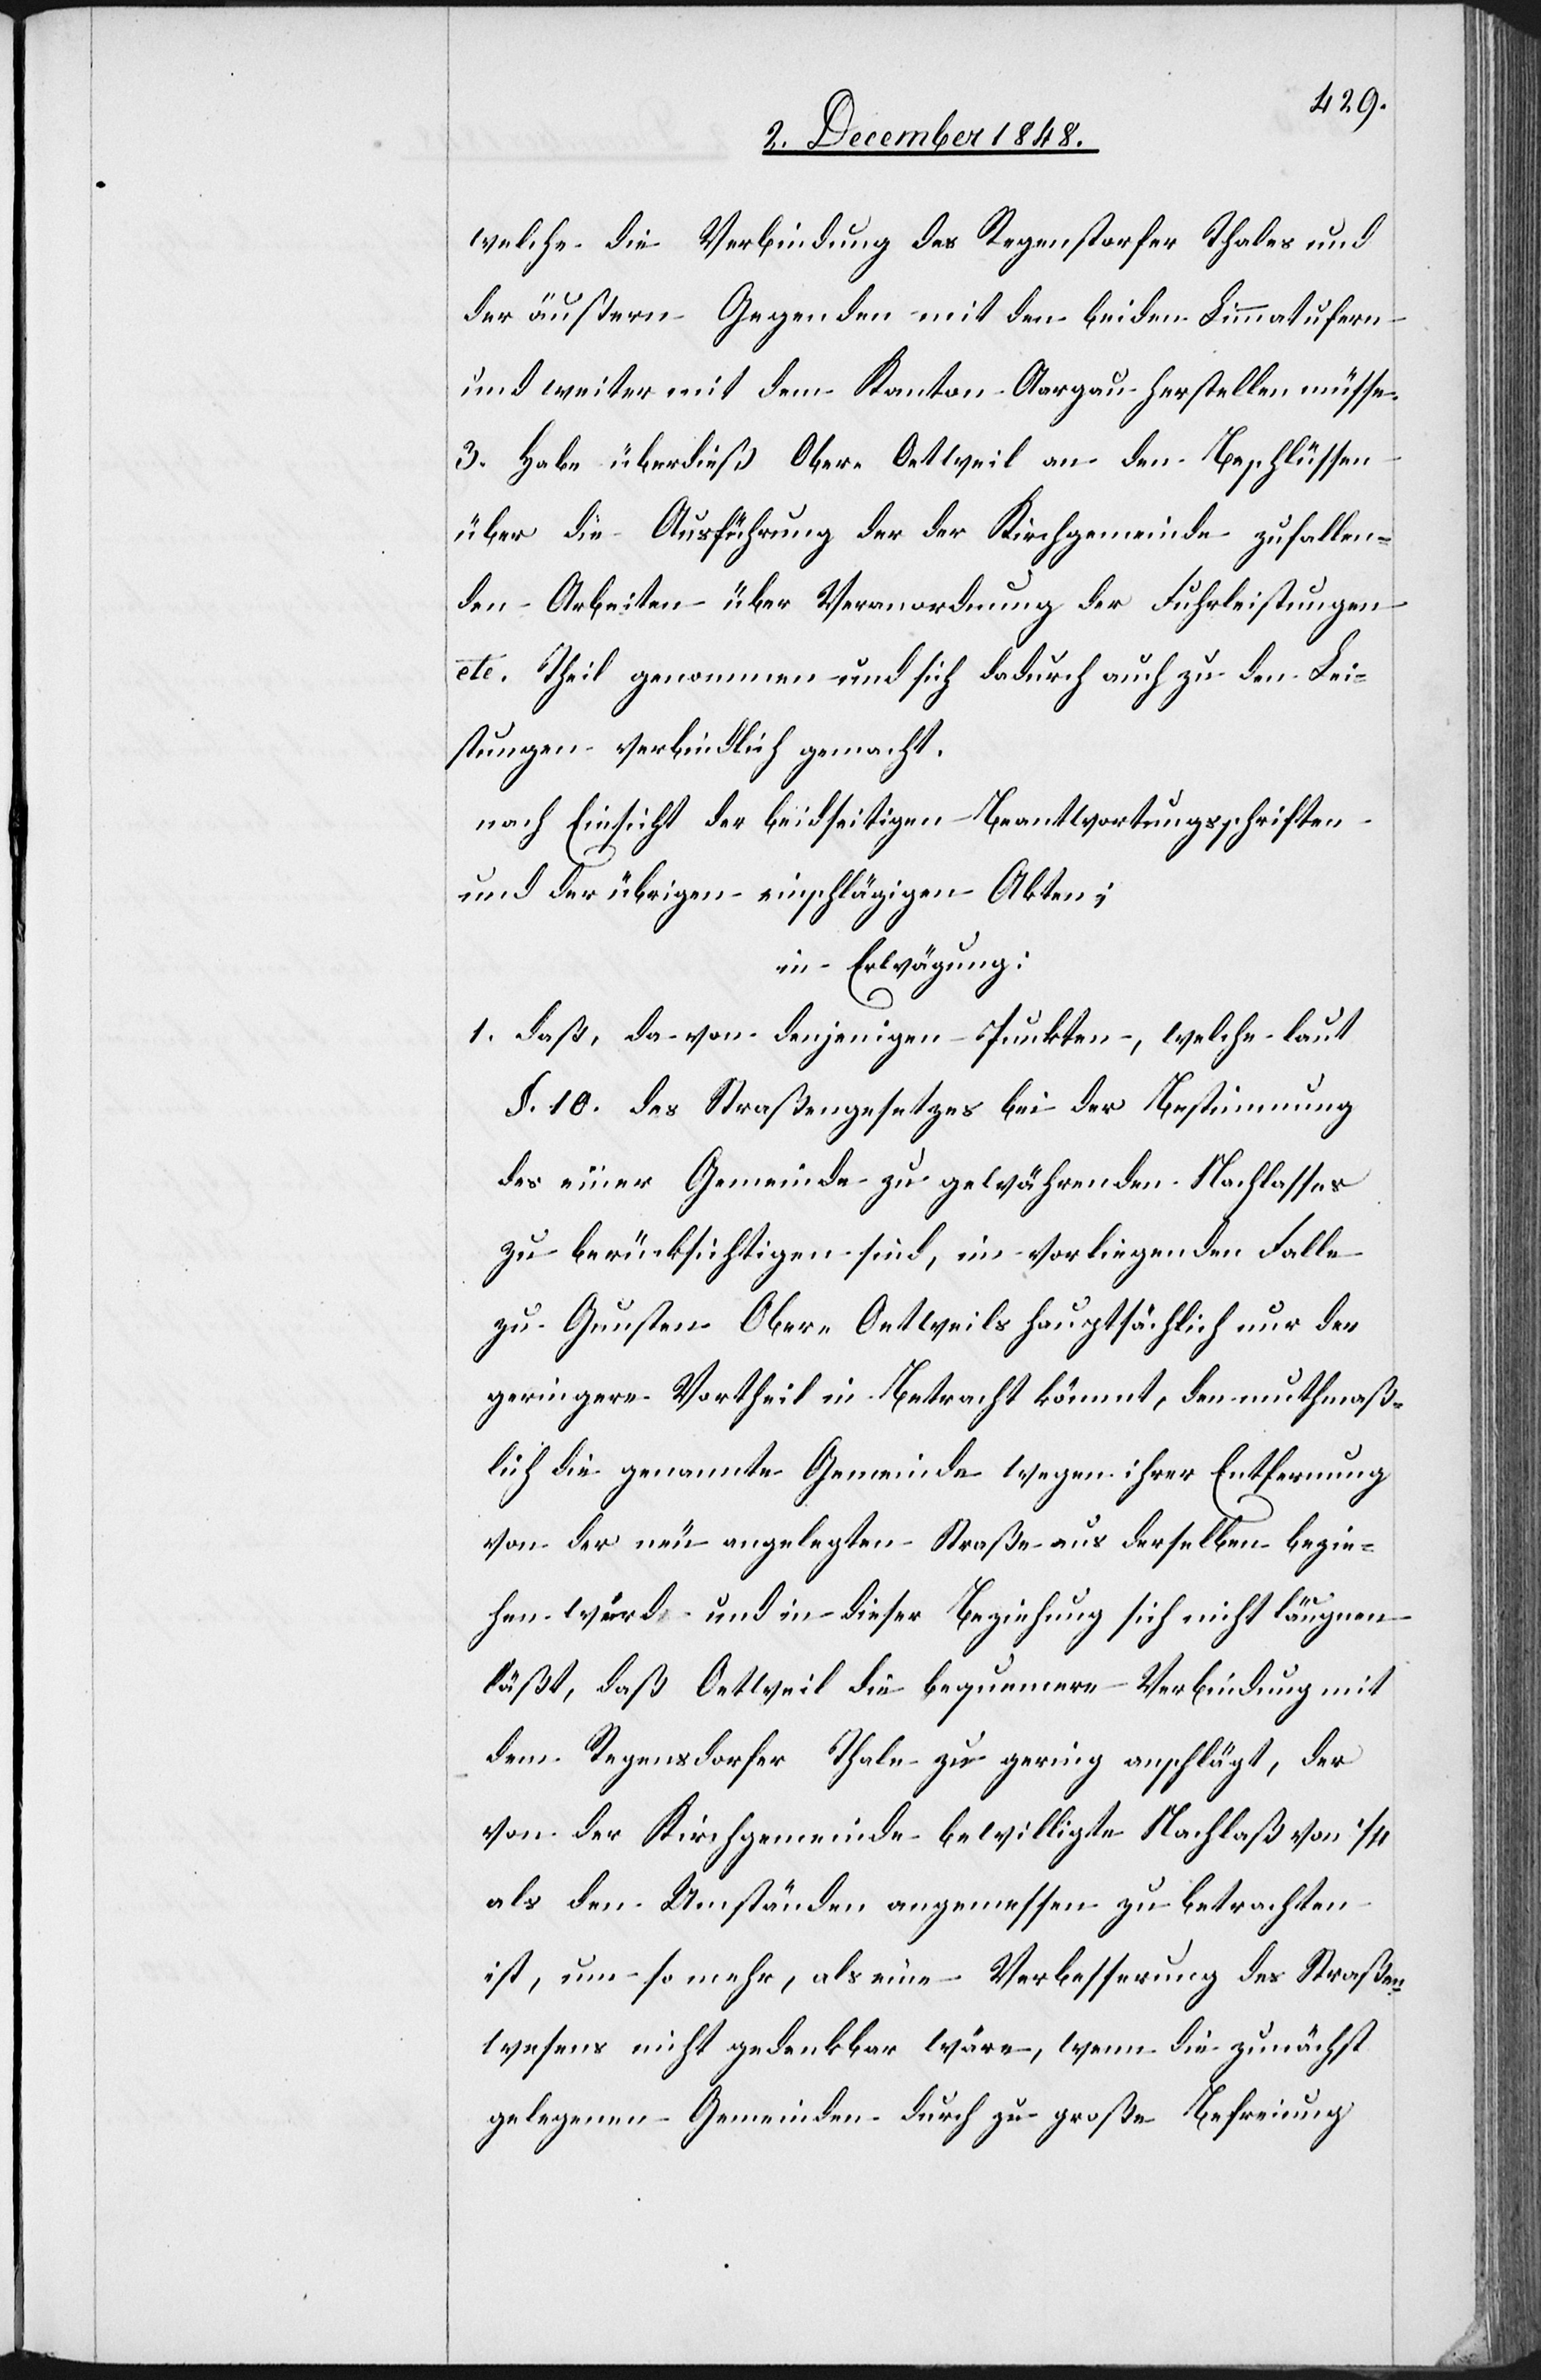
welche die Verbindung des Regenstorfer Thales und
der äußern Gegenden mit den beiden Limmatufern
und weiter mit dem Kanton Aargau herstellen müsse.
3. Habe überdieß Ober-Oetweil an den Beschlüssen
über die Ausführung der der Kirchgemeinde zufallen¬
den Arbeiten über Veranordnung der Fuhrleistungen
etc. Theil genommen und sich dadurch auch zu den Lei¬
stungen verbindlich gemacht.
nach Einsicht der beidseitigen Beantwortungsschriften
und der übrigen einschlägigen Akten;
in Erwägung:
1. daß, da von denjenigen Punkten, welche laut
§. 10. des Straßengesetzes bei der Bestimmung
des einer Gemeinde zu gewährenden Nachlasses
zu berücksichtigen sind, im vorliegenden Falle
zu Gunsten Ober-Oetweils hauptsächlich nur der
geringere Vortheil in Betracht kömmt, den muthmaß¬
lich die genannte Gemeinde wegen ihrer Entfernung
von der neu angelegten Straße aus derselben bezie¬
hen wird und in dieser Beziehung sich nicht läugnen
läßt, daß Oetweil die bequemere Verbindung mit
dem Regensdorfer Thale zu gering anschlägt, der
von der Kirchgemeinde bewilligte Nachlaß von 1/4
als den Umständen angemessen zu betrachten
ist, um so mehr, als eine Verbesserung des Straßen¬
wesens nicht gedenkbar wäre, wenn die zunächst
gelegenen Gemeinden durch zu große Befreiung